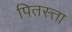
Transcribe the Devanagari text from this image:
पितस्त्ता